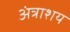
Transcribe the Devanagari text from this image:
अंत्राशय